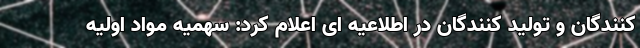
کنندگان و تولید کنندگان در اطلاعیه ای اعلام کرد: سهمیه مواد اولیه